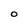
Character: O